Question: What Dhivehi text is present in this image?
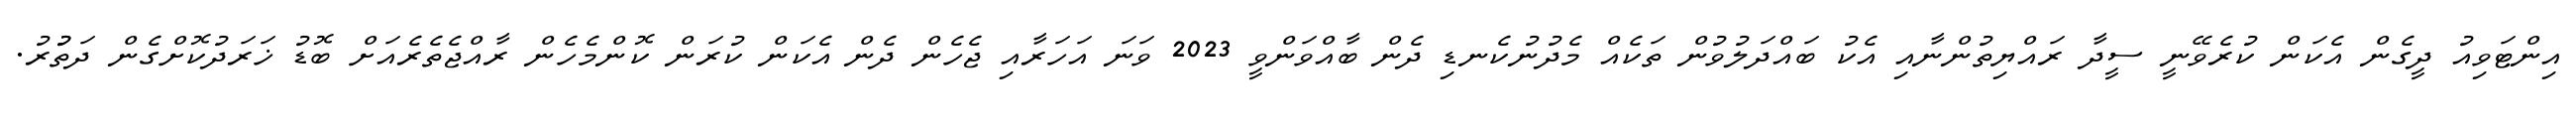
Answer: އިންޓަވިއު ދީގެން އެކަން ކުރެވޭނީ ސީދާ ރައްޔިތުންނާއި އެކު ބައްދަލުވުން ތަކެއް މެދުނުކެނޑި ދެން ބާއްވަންވީ 2023 ވަނަ އަހަރާއި ޖެހެން ދެން އެކަން ކުރަން ކޮންމެހެން ރާއްޖެތެރެއަށް ބޮޑު ޚަރަދުކޮށްގެން ދަތުުރު.